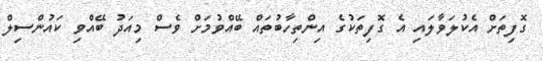
ގޮފިތަށް އެކުލަވާލައި އެ ގޮފިތަކުގެ އިންތިހާބުތައް ބޭއްވުމަށް ވެސް މިއަދު ބޭއްވި ކައުންސިލް